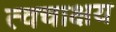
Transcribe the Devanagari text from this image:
त्वचाक्षय